Indian journal of veterinary science and animal husbandry - Volumes 24-25, 1954-1955
Year: 1954
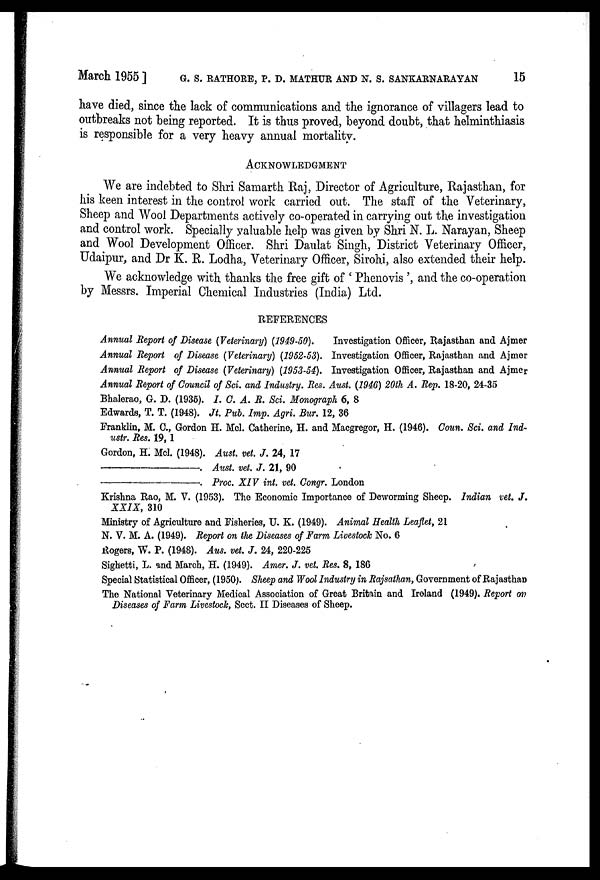
March 1955] G. S. RATHORE, P. D. MATHUR AND N. S. SANKARNARAYAN 15
have died, since the lack of communications and the ignorance of villagers lead to
outbreaks not being reported. It is thus proved, beyond doubt, that helminthiasis
is responsible for a very heavy annual mortality.
ACKNOWLEDGMENT
We are indebted to Shri Samarth Raj, Director of Agriculture, Rajasthan, for
his keen interest in the control work carried out. The staff of the Veterinary,
Sheep and Wool Departments actively co-operated in carrying out the investigation
and control work. Specially valuable help was given by Shri N. L. Narayan, Sheep
and Wool Development Officer. Shri Daulat Singh, District Veterinary Officer,
Udaipur, and Dr K. R. Lodha, Veterinary Officer, Sirohi, also extended their help.
We acknowledge with thanks the free gift of ' Phenovis ', and the co-operation
by Messrs. Imperial Chemical Industries (India) Ltd.
REFERENCES
Annual Report of Disease (Veterinary) (1949-50).
Investigation Officer, Rajasthan and Ajmer
Annual Report of Disease (Veterinary) (1952-53). Investigation Officer, Rajasthan and Ajmer
Annual Report of Disease (Veterinary) (1953-54). Investigation Officer, Rajasthan and Ajmer
Annual Report of Council of Sci. and Industry. Res. Aust. (1946) 20th A. Rep. 18-20, 24-35
Bhalerao, G. D. (1935). I. C. A. R. Sci. Monograph 6, 8
Edwards, T. T. (1948). Jt. Pub. Imp. Agri. Bur. 12, 36
Franklin, M. C., Gordon H. Mcl. Catherine, H. and Macgregor, H. (1946). Coun. Sci. and Ind-
ustr. Res. 19, 1
Gordon, H. Mcl. (1948). Aust. vet. J. 24, 17
—.
Aust. vet. J. 21, 90
—.
Proc. XIV int. vet. Congr. London
Krishna Rao, M. V. (1953). The Economic Importance of Deworming Sheep. Indian vet. J.
XXIX, 310
Ministry of Agriculture and Fisheries, U. K. (1949). Animal Health Leaflet, 21
N. V. M. A. (1949). Report on the Diseases of Farm Livestock No. 6
Rogers, W. P. (1948). Aus. vet. J. 24, 220-225
Sighetti, L. and March, H. (1949). Amer. J. vet. Res. 8, 186
Special Statistical Officer, (1950). Sheep and Wool Industry in Rajsathan, Government of Rajasthan
The National Veterinary Medical Association of Great Britain and Ireland (1949). Report on
Diseases of Farm Livestock, Sect. II Diseases of Sheep.